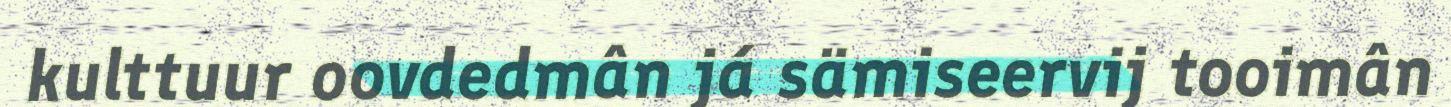
kulttuur oovdedmân já sämiseervij tooimân